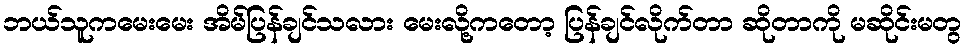
ဘယ်သူကမေးမေး အိမ်ပြန်ချင်သလား မေးလို့ကတော့ ပြန်ချင်လိုက်တာ ဆိုတာကို မဆိုင်းမတွ